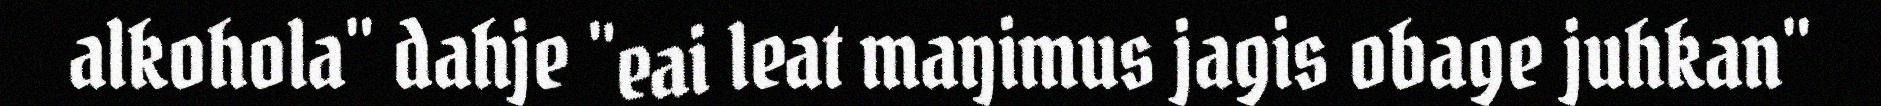
alkohola" dahje "eai leat maŋimus jagis obage juhkan"